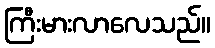
ကြီးမားလာလေသည်။